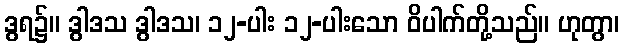
ဒွရ၌။ ဒွါဒသ ဒွါဒသ၊ ၁၂-ပါး ၁၂-ပါးသော ဝိပါက်တို့သည်။ ဟုတွာ၊